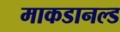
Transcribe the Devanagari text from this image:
माकडानल्ड